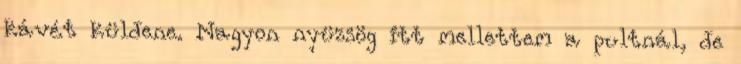
kávét küldene. Nagyon nyüzsög itt mellettem a pultnál, de